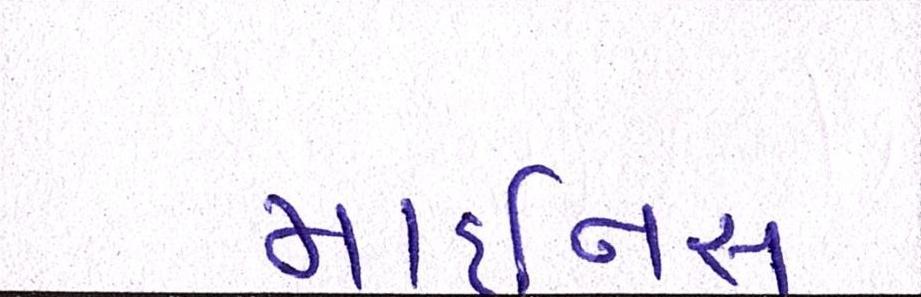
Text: માઇનસ